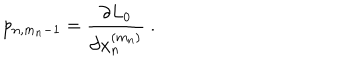
LaTeX: p _ { n , m _ { n } - 1 } = \frac { \partial L _ { 0 } } { \partial x _ { n } ^ { ( m _ { n } ) } } \ .